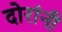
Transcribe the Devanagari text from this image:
दोरांनी